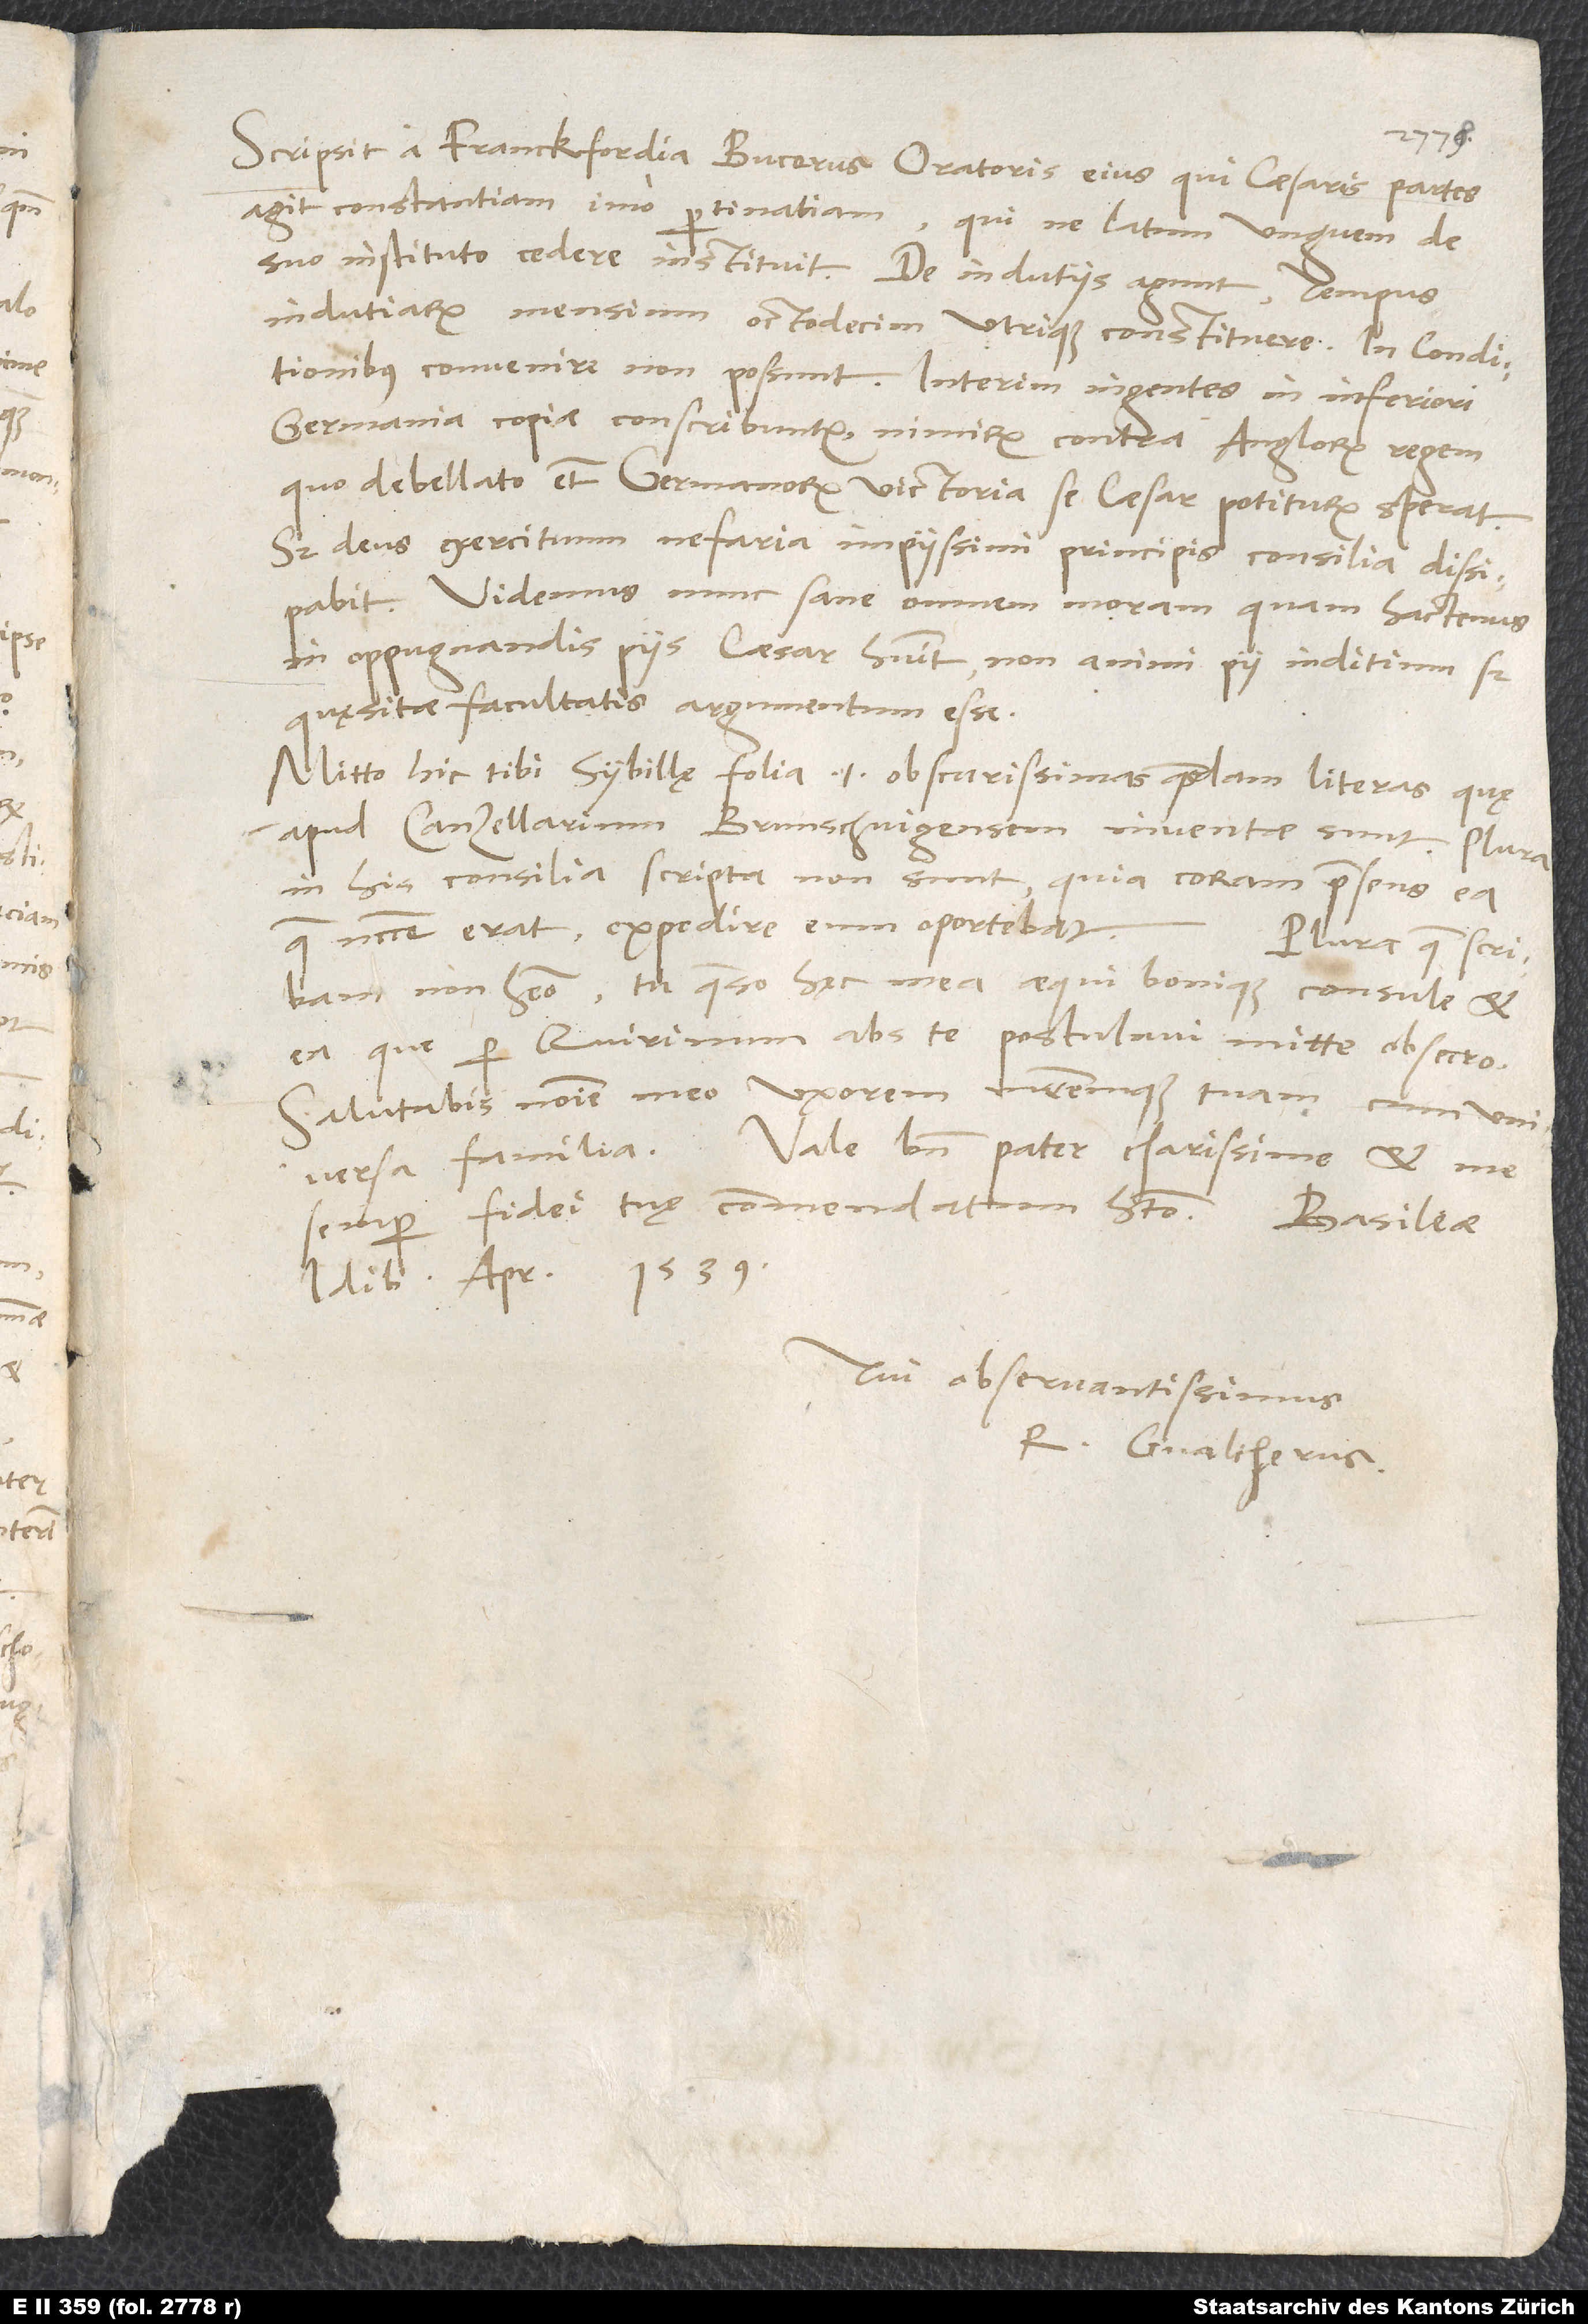
Scripsit a Franckfordia Bucerus oratoris eius, qui caesaris partes
agit, constantiam, imo pertinatiam, qui ne latum unguem de
suo instituto cedere instituit. De indutiis agunt; tempus
indutiarum mensium octodecim utrique constituere, in conditionibus
convenire non possunt. Interim ingentes in Inferiori
Germania copiae conscribuntur, nimirum contra Anglorum regem,
quo debellato etiam Germanorum victoria se caesar potiturum sperat.
Sed deus exercituum nefaria impiissimi principis consilia dissipabit.
Videmus nunc sane omnem moram, quam hactenus
in oppugnandis piis caesar habuit, non animi pii iuditium, sed
quęsitae facultatis argumentum esse.
Mitto hic tibi Sybillę folia, id est obscurissimas quasdam literas, quę
apud canzellarium Brunschvigensem inventae sunt. Plura
in his consilia scripta non sunt, quia coram praesens ea,
erat, expedire eum oportebat.
Plura, quae scribam,
non habeo. Tu, quaeso, hęc mea aequi bonique consule et
ea, que per Quirinum abs te postulavi, mitte, obsecro.
Salutabis nomine meo uxorem matremque tuam
universa familia. Vale bene, pater charissime, et me
semper fidei tuę commendatum habeto.
idibus apr 1539.
Tui observantissimus
R. Gvaltherus.